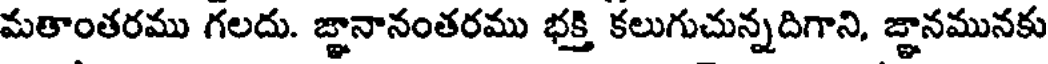
మతాంతరము గలదు. జ్ఞానానంతరము భక్తి కలుగుచున్నదిగాని, జ్ఞానమునకు